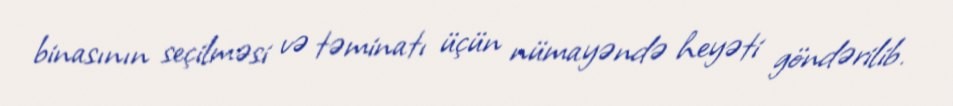
binasının seçilməsi və təminatı üçün nümayəndə heyəti göndərilib.